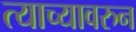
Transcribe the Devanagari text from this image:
त्याच्यावरुन